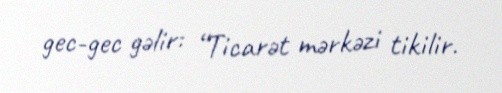
gec-gec gəlir: “Ticarət mərkəzi tikilir.